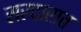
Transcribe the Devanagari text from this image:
सरदारात